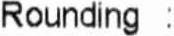
ROUNDING :